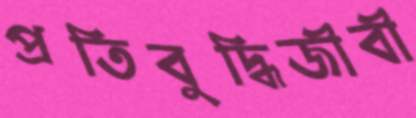
প্রতিবুদ্ধিজীবী